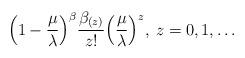
LaTeX: \begin{align*}\Big (1-\frac{\mu}{\lambda}\Big )^\beta\frac{\beta_{(z)}}{z!}\Big (\frac{\mu}{\lambda}\Big )^z,\>z=0,1,\ldots\end{align*}